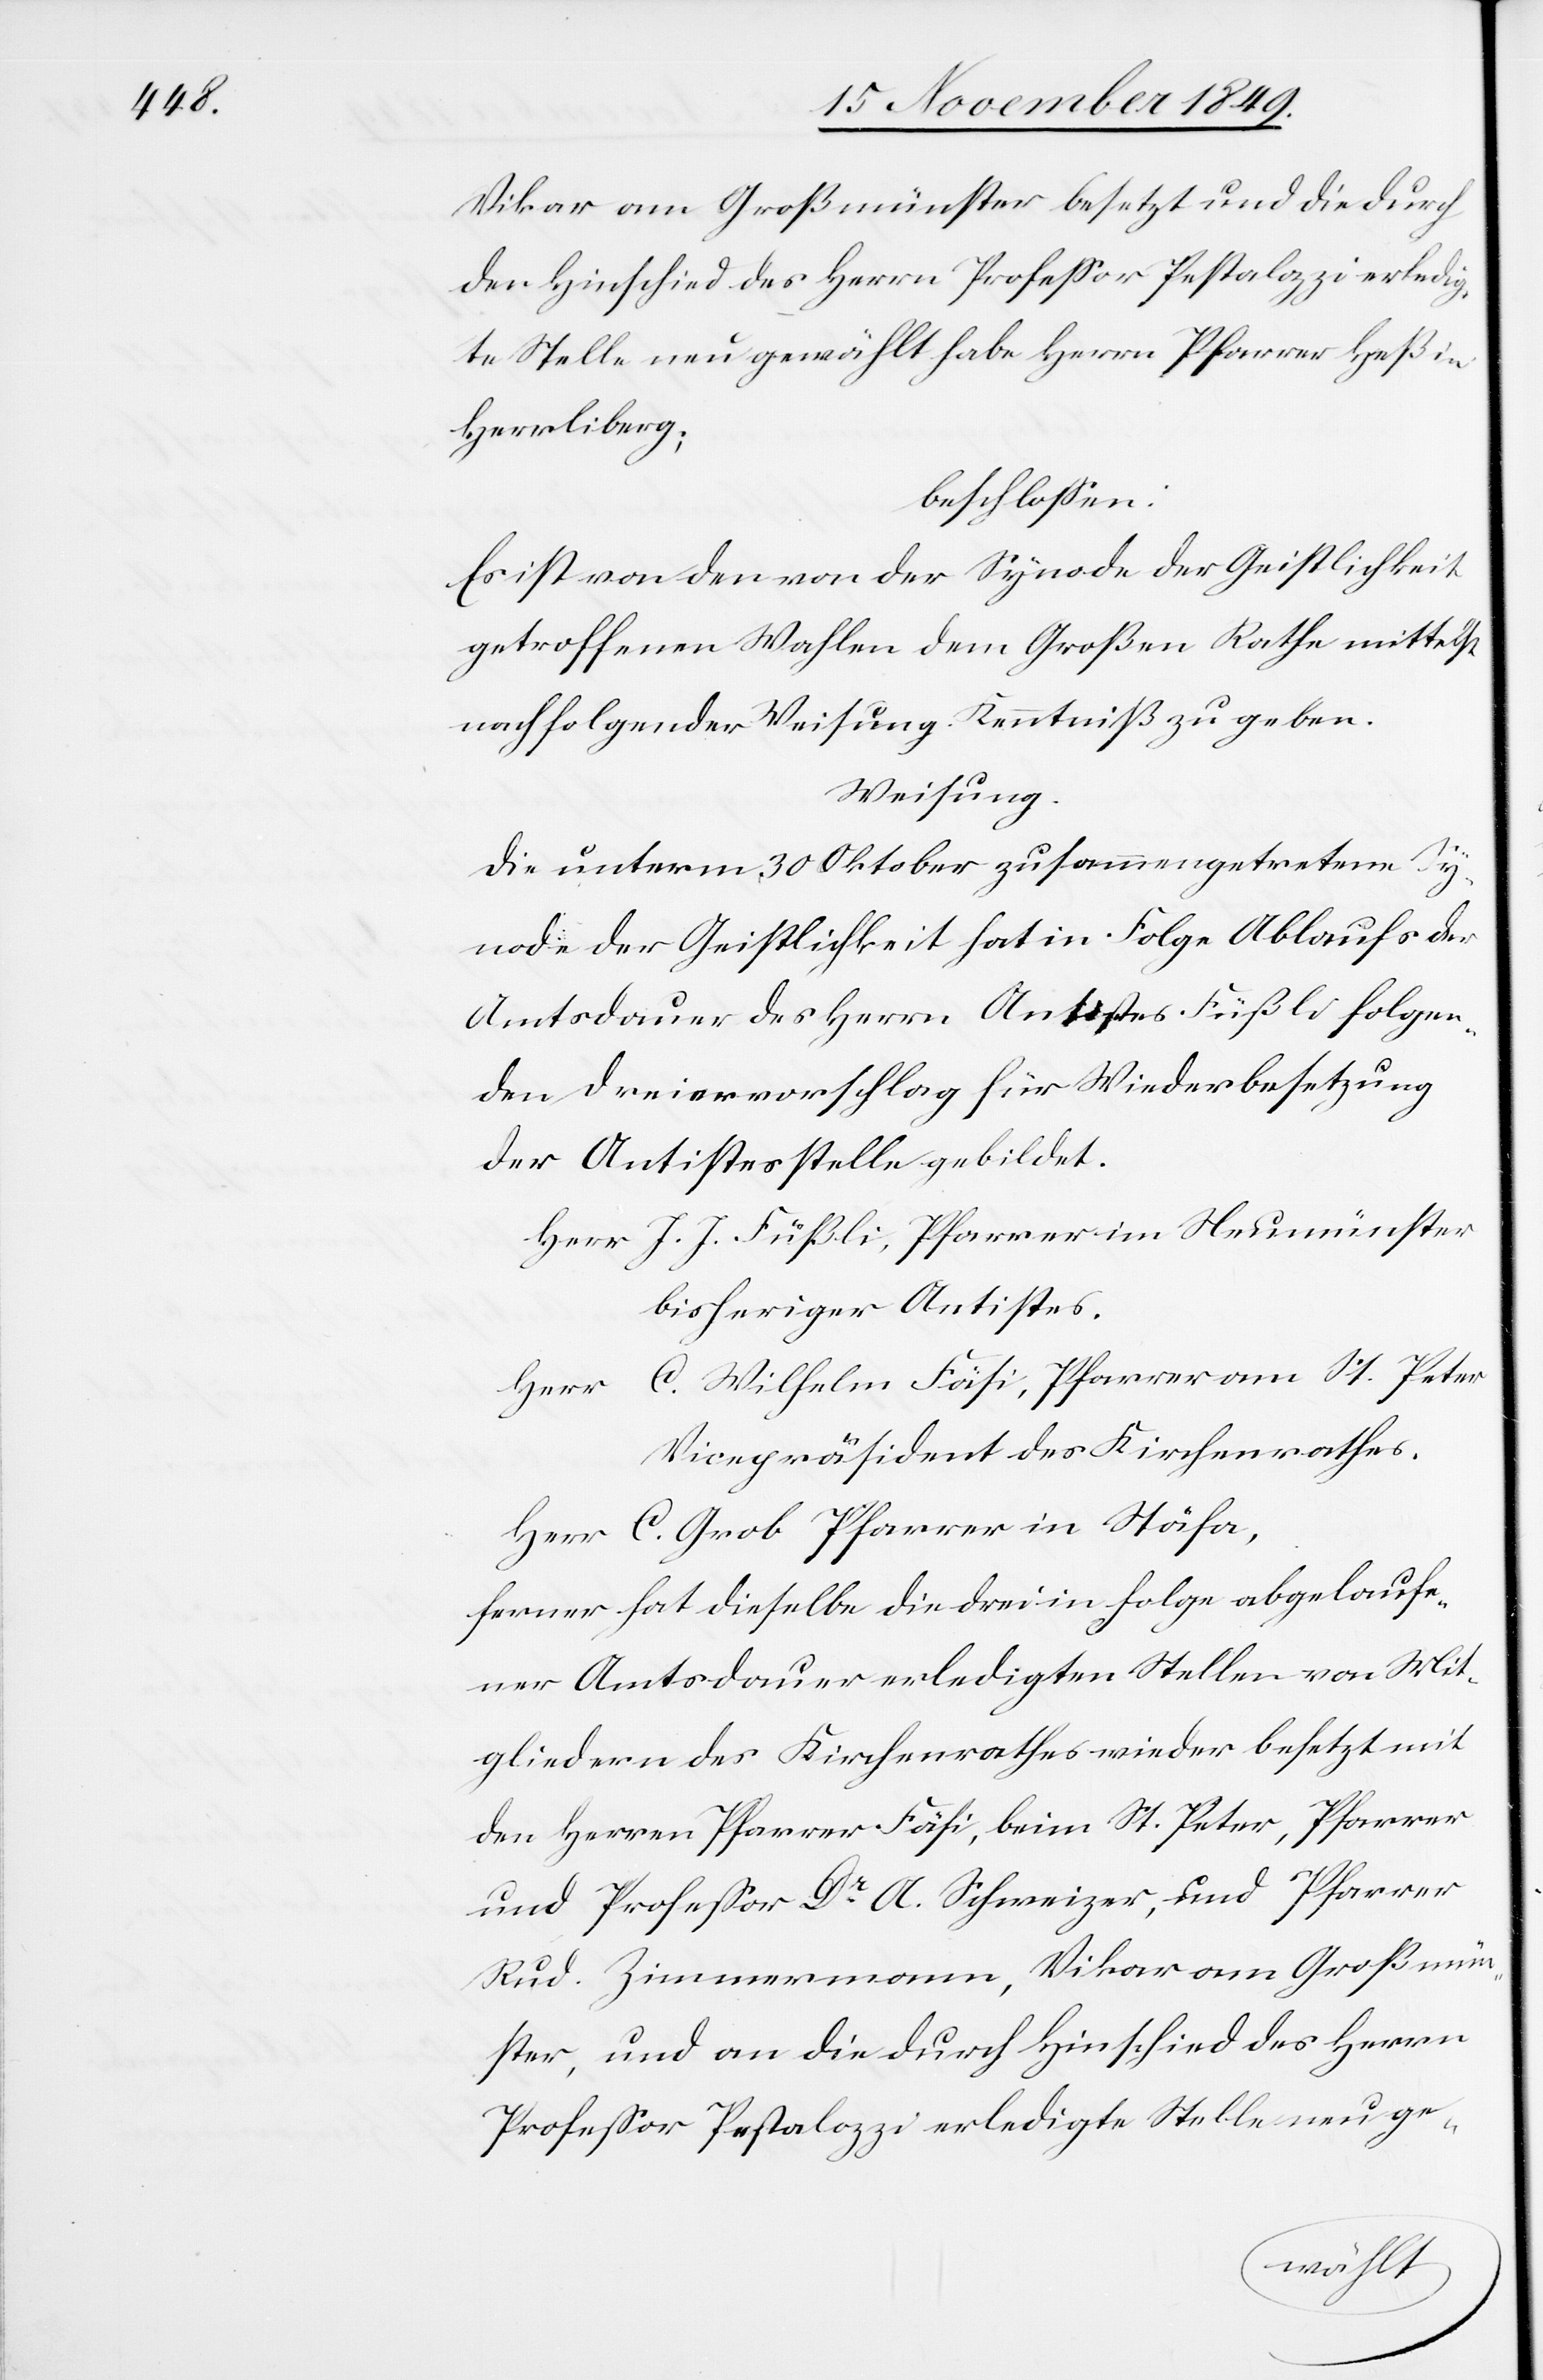
Vikar am Großmünster besetzt und die durch
den Hinschied des Herrn Profeßor Pestalozzi erledig¬
te Stelle neu gewählt habe Herrn Pfarrer Heß in
Herrliberg;
beschloßen:
Es ist von den von der Synode der Geistlichkeit
getroffenen Wahlen dem Großen Rathe mittelst
nachfolgender Weisung Kenntniß zu geben.
Weisung.
Die unterm 30 Oktober zusammengetretene Sy¬
node der Geistlichkeit hat in Folge Ablaufs der
Amtsdauer des Herrn Antistes Füßli folgen¬
den Dreiervorschlag für Wiederbesetzung
der Antistesstelle gebildet.
Herr J. J. Füßli, Pfarrer in Neumünster
bisheriger Antistes.
Herr C. Wilhelm Fäsi, Pfarrer am St. Peter
Vicepräsident des Kirchenrathes.
Herr C. Grob Pfarrer in Stäfa,
ferner hat dieselbe die drei in folge abgelaufe¬
ner Amtsdauer erledigten Stellen von Mit¬
gliedern des Kirchenrathes wieder besetzt mit
den Herrn Pfarrer Fäsi, beim St. Peter, Pfarrer
und Profeßor Dr A. Schweizer, und Pfarrer
Rud. Zimmermann, Vikar am Großmün¬
ster, und an die durch Hinschied des Herrn
Profeßor Pestalozzi erledigte Stelle neu ge-